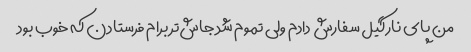
من پای نارگیل سفارش دادم ولی تموم شد جاش‌تر برام فرستادن که خوب بود